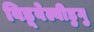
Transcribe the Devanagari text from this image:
विडूवेल्वीडुगु